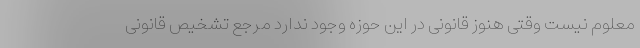
معلوم نیست وقتی هنوز قانونی در این حوزه وجود ندارد مرجع تشخیص قانونی